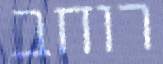
רוחב